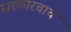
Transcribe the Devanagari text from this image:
सरकारचाच